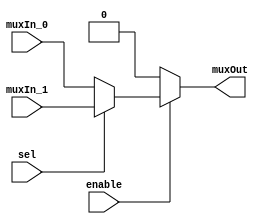
/******************************************************************************
 **                                                                          **
 ** Component : Multiplexer_2_w_enable                                       **
 **                                                                          **
 ** Refactored 03.12.2023 Ronny Hansen                                       **
 *****************************************************************************/
/* */

module Multiplexer_2_w_enable( input wire enable,
                      input wire muxIn_0,
                      input wire muxIn_1,                      
                      input wire sel,
                      output wire muxOut
                      );   
      assign muxOut = (enable == 1'b0) ? 1'b0 : (sel ? muxIn_1 : muxIn_0);
endmodule